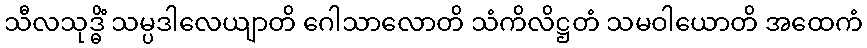
သီလသုဒ္ဓိံ သမ္ပဒါလေယျာတိ ဂေါသာလောတိ သံကိလိဋ္ဌတံ သမဝါယောတိ အထေကံ